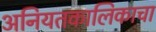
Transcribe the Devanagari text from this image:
अनियतकालिकाचा